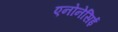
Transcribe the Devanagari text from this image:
एनोनेसिई